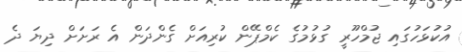
އުކުޅަހުގައި ޖުމްހޫރީ ގުޅުމުގެ ކެމްޕޭން ކުރިއަށް ގެންދަން އެ ރަށަށް ދިޔަ ދެ